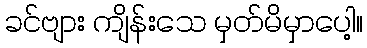
ခင်ဗျား ကျိန်းသေ မှတ်မိမှာပေါ့။